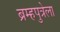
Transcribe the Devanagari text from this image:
ब्रम्हपुत्रेला